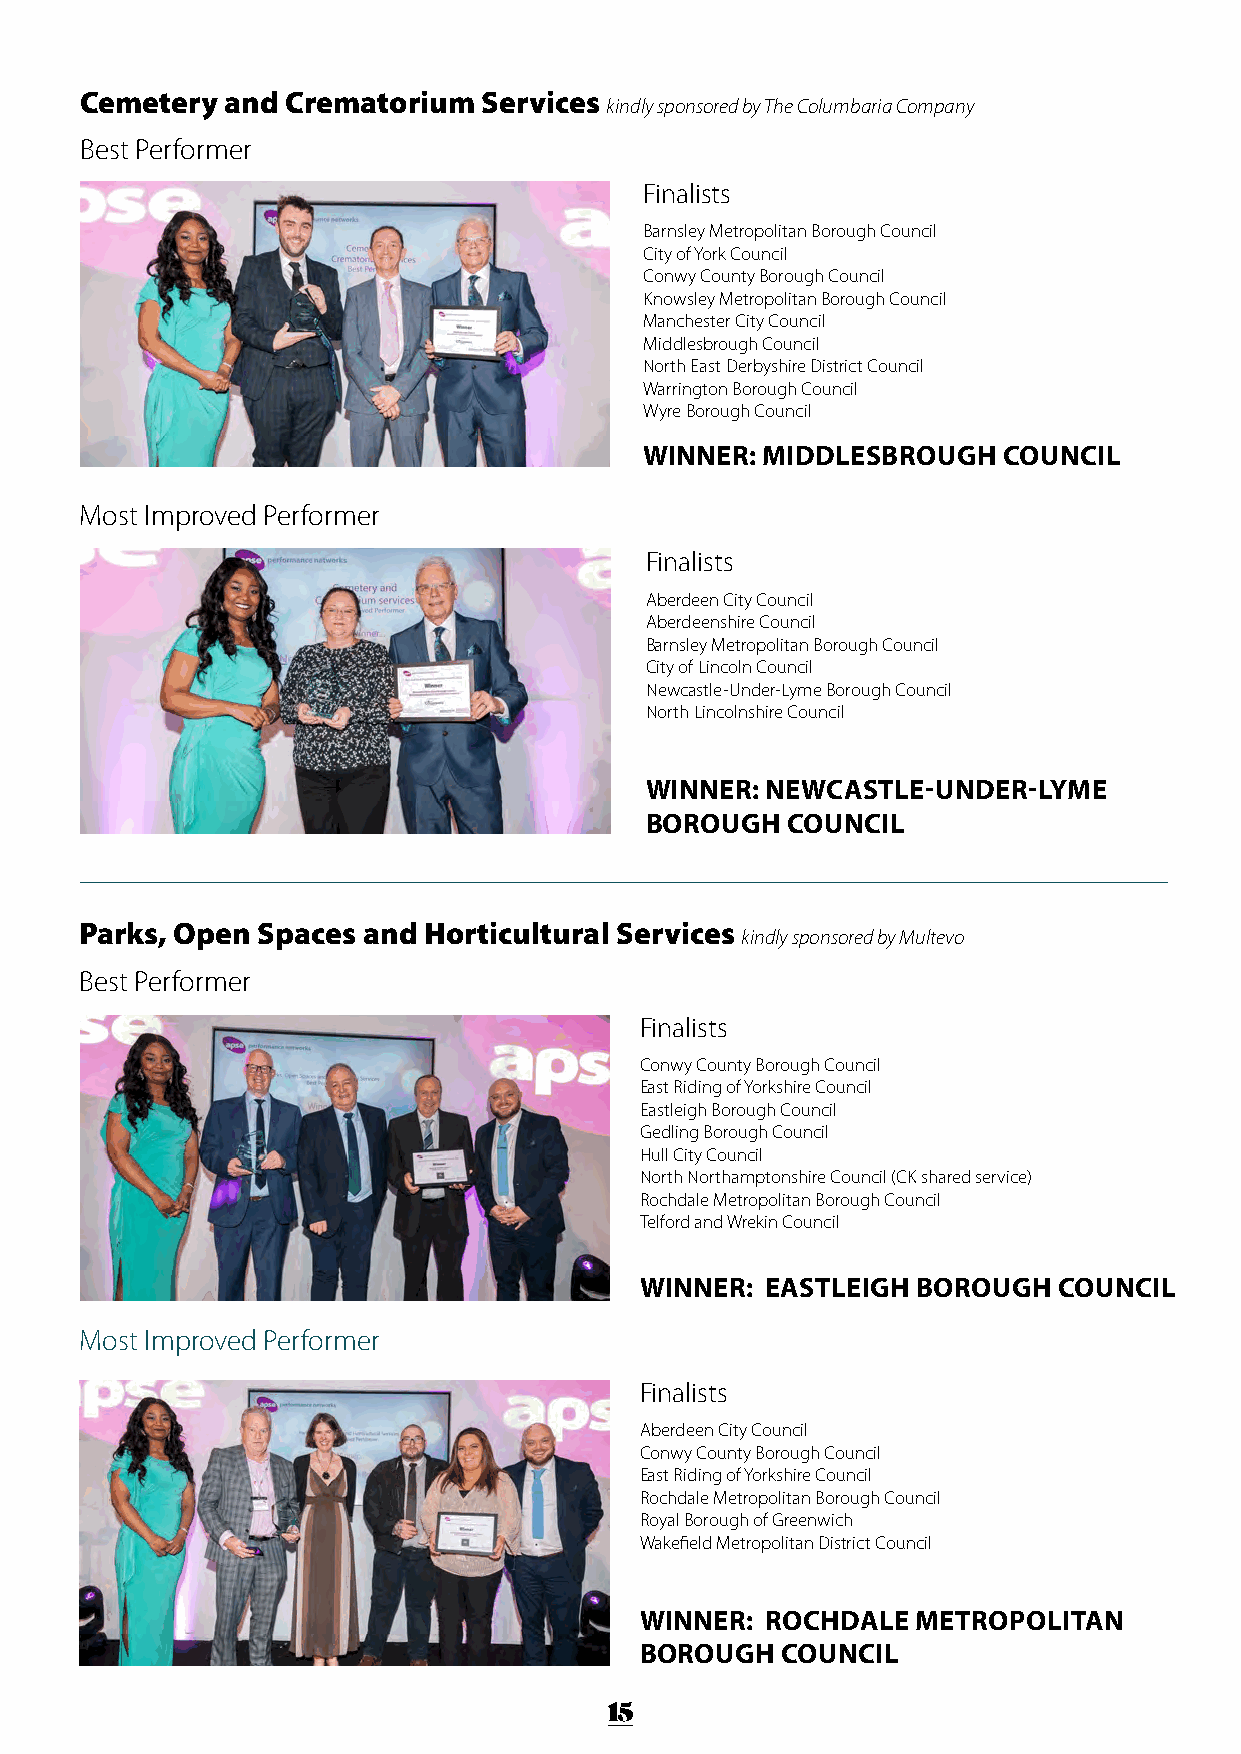
Cemetery  and Crematorium  Services
 kindly sponsored by The Columbaria Company
 Best Performer
 Finalists
 Barnsley Metropolitan Borough Council
 City of York Council
 Conwy County Borough Council
 Knowsley Metropolitan Borough Council
 Manchester City Council
 Middlesbrough Council
 North East Derbyshire District Council
 Warrington Borough Council
 Wyre Borough Council
 WINNER: MIDDLESBROUGH  COUNCIL
 Most Improved Performer
 Finalists
 Aberdeen City Council
 Aberdeenshire Council
 Barnsley Metropolitan Borough Council
 City of Lincoln Council
 Newcastle-Under-Lyme Borough Council
 North Lincolnshire Council
 WINNER: NEWCASTLE-UNDER-LYME
 BOROUGH  COUNCIL
 Parks, Open Spaces and Horticultural Services
 kindly sponsored by Multevo
 Best Performer
 Finalists
 Conwy County Borough Council
 East Riding of Yorkshire Council
 Eastleigh Borough Council
 Gedling Borough Council
 Hull City Council
 North Northamptonshire Council (CK shared service)
 Rochdale Metropolitan Borough Council
 Telford and Wrekin Council
 WINNER:  EASTLEIGH BOROUGH  COUNCIL
 Most Improved Performer
 Finalists
 Aberdeen City Council
 Conwy County Borough Council
 East Riding of Yorkshire Council
 Rochdale Metropolitan Borough Council
 Royal Borough of Greenwich
 Wakefield Metropolitan District Council
 WINNER:  ROCHDALE  METROPOLITAN
 BOROUGH   COUNCIL
 15